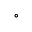
^ \circ